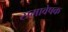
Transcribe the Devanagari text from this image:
समावेषक